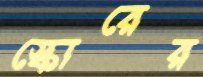
স্কোরের